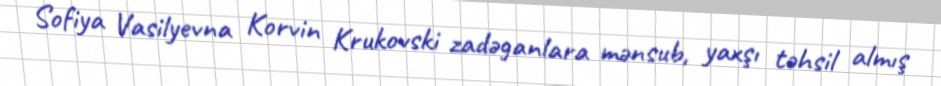
Sofiya Vasilyevna Korvin Krukovski zadəganlara mənsub, yaxşı təhsil almış